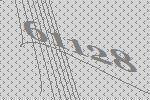
61128